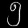
Digit: ၅